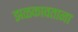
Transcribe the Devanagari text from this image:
झळकावताना